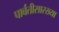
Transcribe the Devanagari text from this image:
पार्वतीसारख्या